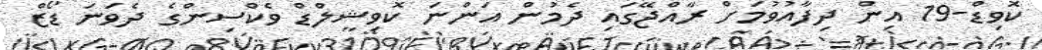
ކޮވިޑް-19 އިން ދިފާއުވުމަށް ރާއްޖޭގައި ދެމުން އަންނަ ކޮވިޝީލްޑް ވެކްސިންގެ ދެވަނަ ޑޯޒް